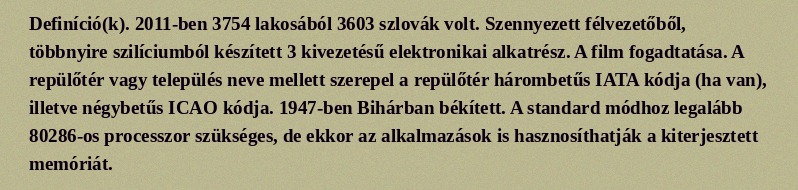
Definíció(k). 2011-ben 3754 lakosából 3603 szlovák volt. Szennyezett félvezetőből, többnyire szilíciumból készített 3 kivezetésű elektronikai alkatrész. A film fogadtatása. A repülőtér vagy település neve mellett szerepel a repülőtér hárombetűs IATA kódja (ha van), illetve négybetűs ICAO kódja. 1947-ben Bihárban békített. A standard módhoz legalább 80286-os processzor szükséges, de ekkor az alkalmazások is hasznosíthatják a kiterjesztett memóriát.